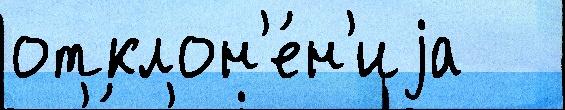
отклон'е́н'иjа